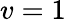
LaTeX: v=1